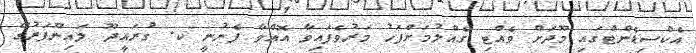
އެކްސިޑެންޓްގައި މޫދަށް ވެއްޓި ގެއްލުމަށްފަހު މަރުވެފައިވާ އޮއްވާ ފެނުނީ ކ. ގުރައީދޫ ލައިނޫފަރުގޭ